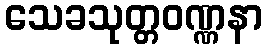
သေခသုတ္တဝဏ္ဏနာ